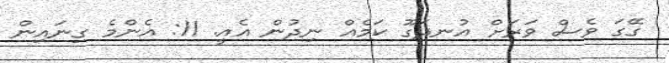
ގޭގަ ވެސް ވަރަށް އުނދަގޫ ކަމެއް ނިދުން އެއީ. 11: އެންމެ ގިނައިން